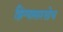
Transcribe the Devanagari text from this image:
झिंग्यासारखेच